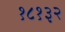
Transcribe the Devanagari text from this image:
१८१३२